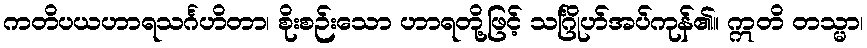
ကတိပယဟာရသင်္ဂဟိတာ၊ စိုးစဉ်းသော ဟာရတို့ဖြင့် သင်္ဂြိုဟ်အပ်ကုန်၏။ ဣတိ တသ္မာ၊